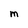
Character: m